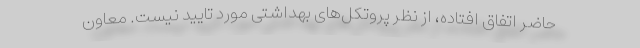
حاضر اتفاق افتاده، از نظر پروتکل‌های بهداشتی مورد تایید نیست. معاون